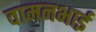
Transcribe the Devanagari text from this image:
वामनभाई